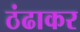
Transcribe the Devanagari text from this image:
ठंढाकर